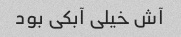
آش خیلی آبکی بود